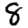
Digit: 8